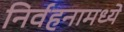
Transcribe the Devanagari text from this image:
निर्वहनामध्ये